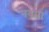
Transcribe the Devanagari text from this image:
नवम।